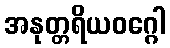
အနုတ္တရိယဝဂ္ဂေါ